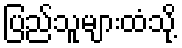
ပြည်သူများထံသို့